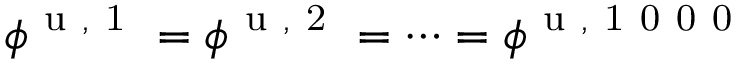
\phi ^ { \mathrm { ~ u ~ , ~ 1 ~ } } = \phi ^ { \mathrm { ~ u ~ , ~ 2 ~ } } = \dots = \phi ^ { \mathrm { ~ u ~ , ~ 1 ~ 0 ~ 0 ~ 0 ~ } }